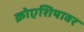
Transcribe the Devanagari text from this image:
क्रोएशियावर